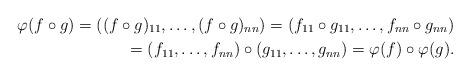
LaTeX: \begin{align*}\varphi (f\circ g) =((f\circ g)_{11},\ldots,(f\circ g)_{nn}) =(f_{11}\circ g_{11},\ldots,f_{nn}\circ g_{nn}) \\ =(f_{11},\ldots,f_{nn})\circ (g_{11},\ldots,g_{nn}) =\varphi (f)\circ \varphi (g).\end{align*}